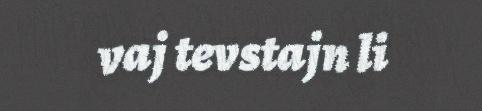
vaj tevstajn li